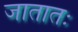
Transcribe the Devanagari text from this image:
जातातः